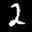
Label: 2